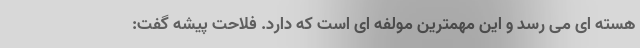
هسته ای می رسد و این مهمترین مولفه ای است که دارد. فلاحت پیشه گفت: